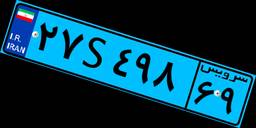
۲۷S۴۹۸۶۹